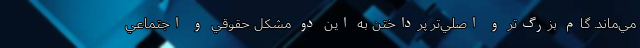
مي‌ماند. گام بزرگ‌تر و اصلي‌تر پرداختن به اين دو مشکل حقوقي و اجتماعي